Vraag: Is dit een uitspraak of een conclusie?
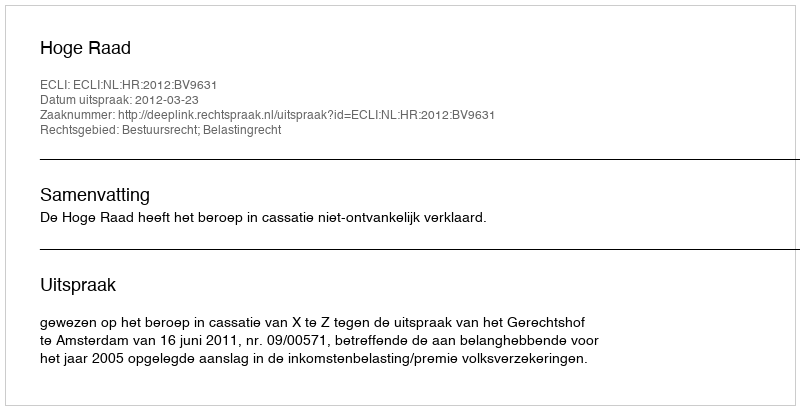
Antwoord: Uitspraak